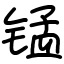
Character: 锰